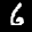
Label: 6